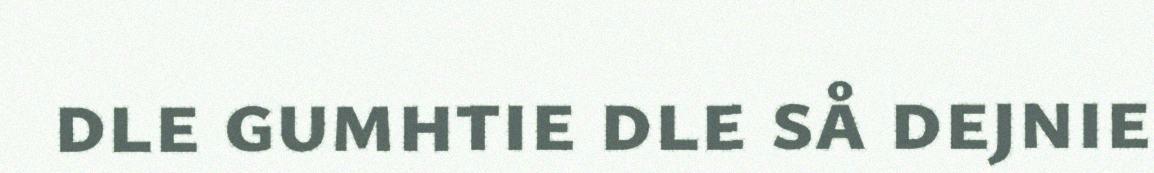
dle gumhtie dle så dejnie